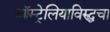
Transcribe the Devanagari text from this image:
ऑस्ट्रेलियाविरुद्धचा